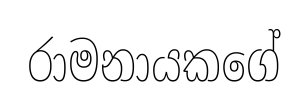
රාමනායකගේ